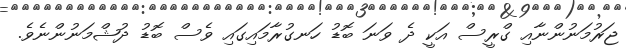
ޖަރުމަނުންނާއި ގްރީސް އަކީ ދެ ވަނަ ބޮޑު ހަނގުރާމައިގައި ވެސް ބޮޑު ދުޝްމަނުންނެވެ.